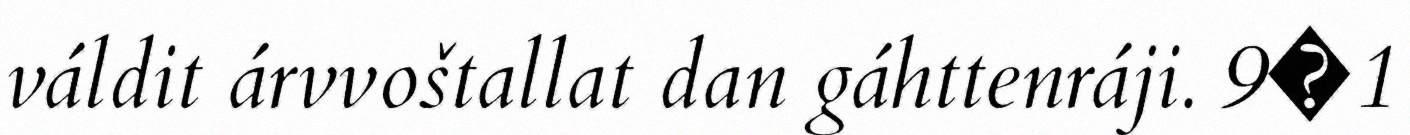
váldit árvvoštallat dan gáhttenráji. 9�1